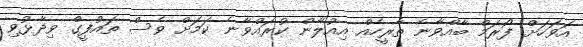
އަވަހަށް ފޯރަމް ބާއްވާނެ ތާރީހެއް އިއުލާން ކުރައްވާނެ ކަމަށް ވެސް ތައުފީގް ވިދާޅުވި